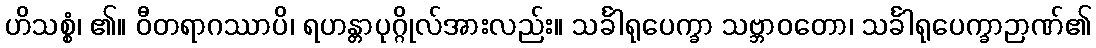
ဟိသစ္စံ၊ ၏။ ဝီတရာဂဿာပိ၊ ရဟန္တာပုဂ္ဂိုလ်အားလည်း။ သင်္ခါရုပေက္ခာ သဗ္ဘာဝတော၊ သင်္ခါရုပေက္ခာဉာဏ်၏